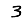
Digit: 3